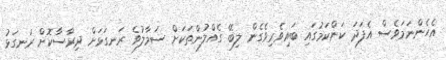
އެހެންނަމަވެސް އެފަދަ ކަންކަމުގައި ބައިވެރިވެގެން ލިބޭ ގެއްލުންތަކަށް ސަމާލުވެ ރަނގަޅަށް ދިރާސާކޮށް ރަނގަޅު